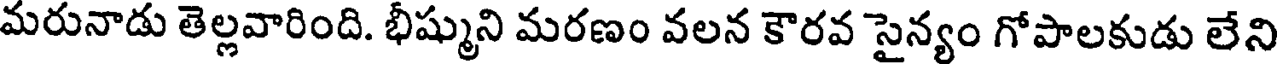
మరునాడు తెల్లవారింది. భీష్ముని మరణం వలన కౌరవ సైన్యం గోపాలకుడు లేని